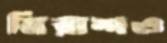
নিরাশও